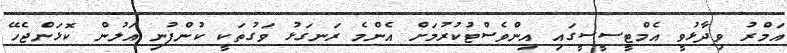
އަމްރު ވިދާޅުވީ އެމްޓީސީސީގައި އިންވެސްޓުކުރުމަށް އެންމެ ރަނގަޅު ވަގުތަކީ ކުންފުނި އަލުން ކޮޅަންޖެހޭ